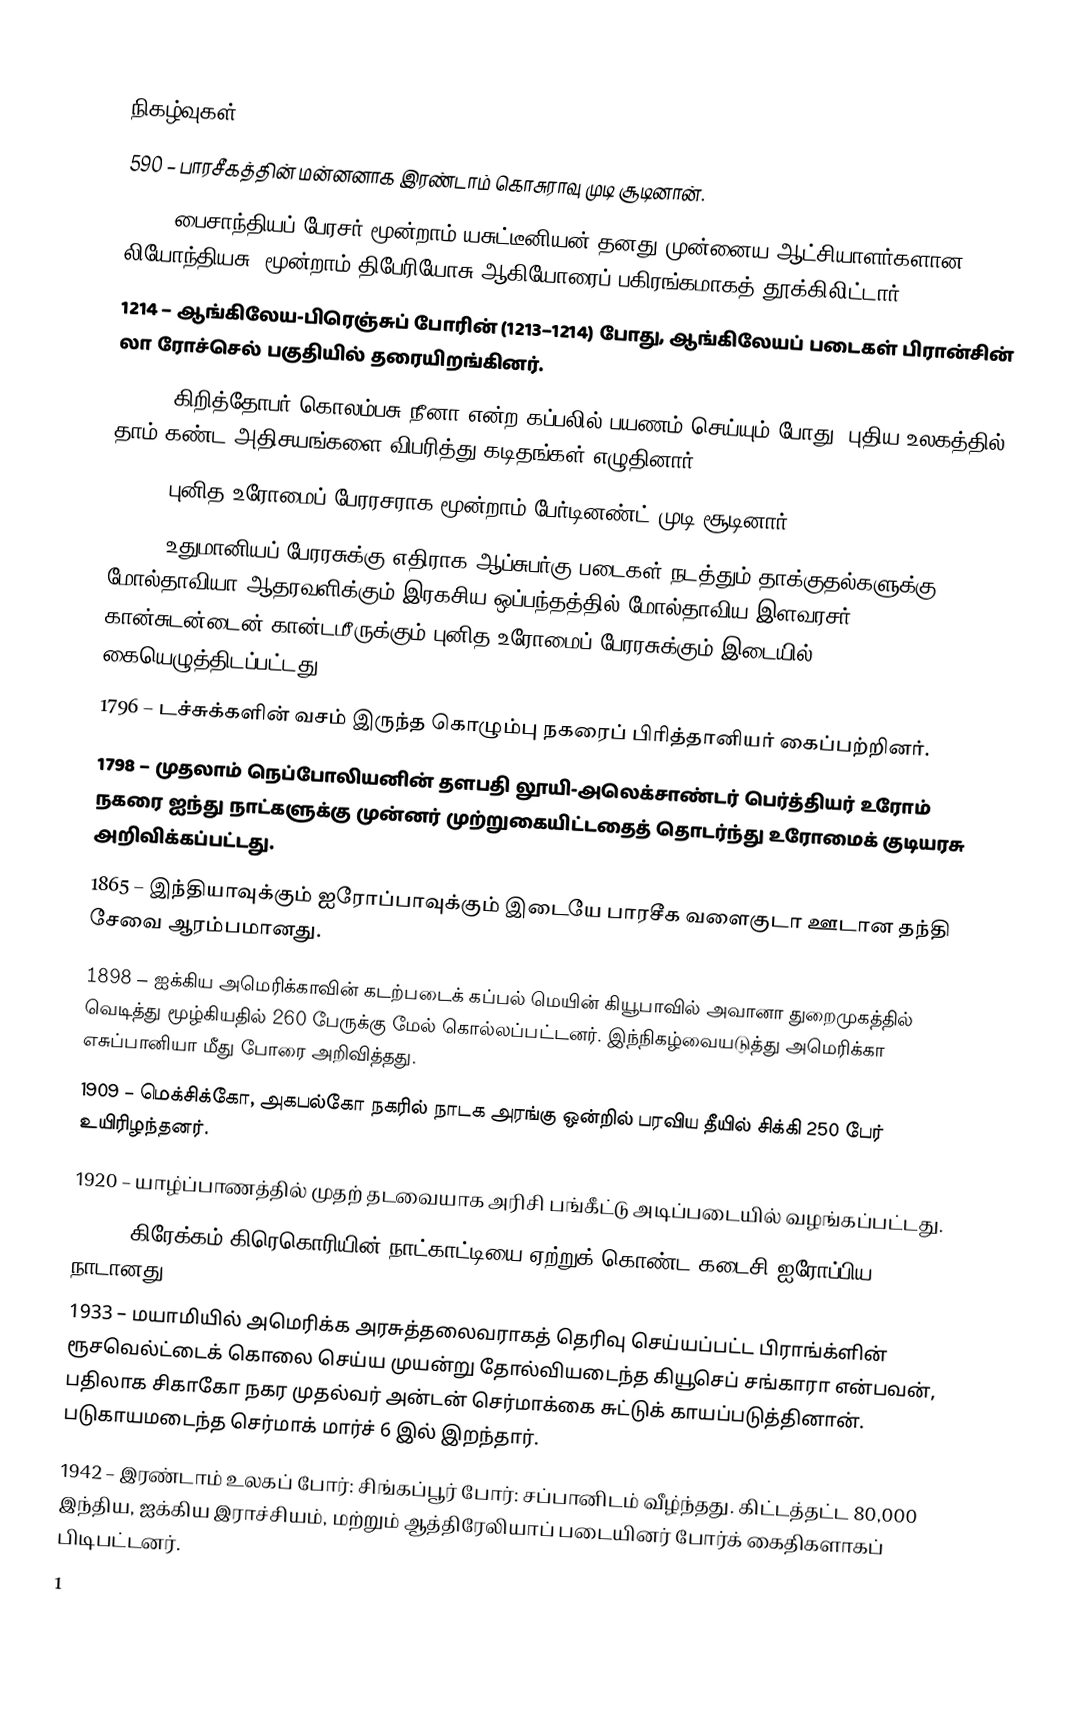

நிகழ்வுகள்
 590 – பாரசீகத்தின் மன்னனாக இரண்டாம் கொசுராவு முடி சூடினான்.
 706 – பைசாந்தியப் பேரசர் மூன்றாம் யசுட்டீனியன் தனது முன்னைய ஆட்சியாளர்களான லியோந்தியசு, மூன்றாம் திபேரியோசு ஆகியோரைப் பகிரங்கமாகத் தூக்கிலிட்டார்.
1214 – ஆங்கிலேய-பிரெஞ்சுப் போரின் (1213–1214) போது, ஆங்கிலேயப் படைகள் பிரான்சின் லா ரோச்செல் பகுதியில் தரையிறங்கினர்.
1493 – கிறித்தோபர் கொலம்பசு நீனா என்ற கப்பலில் பயணம் செய்யும் போது, புதிய உலகத்தில் தாம் கண்ட அதிசயங்களை விபரித்து கடிதங்கள் எழுதினார்.
1637 – புனித உரோமைப் பேரரசராக மூன்றாம் பேர்டினண்ட் முடி சூடினார்.
1690 – உதுமானியப் பேரரசுக்கு எதிராக ஆப்சுபர்கு படைகள் நடத்தும் தாக்குதல்களுக்கு மோல்தாவியா ஆதரவளிக்கும் இரகசிய ஒப்பந்தத்தில் மோல்தாவிய இளவரசர் கான்சுடன்டைன் கான்டமீருக்கும் புனித உரோமைப் பேரரசுக்கும் இடையில் கையெழுத்திடப்பட்டது.
1796 – டச்சுக்களின் வசம் இருந்த கொழும்பு நகரைப் பிரித்தானியர் கைப்பற்றினர்.
1798 – முதலாம் நெப்போலியனின் தளபதி லூயி-அலெக்சாண்டர் பெர்த்தியர் உரோம் நகரை ஐந்து நாட்களுக்கு முன்னர் முற்றுகையிட்டதைத் தொடர்ந்து உரோமைக் குடியரசு அறிவிக்கப்பட்டது.
1865 – இந்தியாவுக்கும் ஐரோப்பாவுக்கும் இடையே பாரசீக வளைகுடா ஊடான தந்தி சேவை ஆரம்பமானது.
1898 – ஐக்கிய அமெரிக்காவின் கடற்படைக் கப்பல் மெயின் கியூபாவில் அவானா துறைமுகத்தில் வெடித்து மூழ்கியதில் 260 பேருக்கு மேல் கொல்லப்பட்டனர். இந்நிகழ்வையடுத்து அமெரிக்கா எசுப்பானியா மீது போரை அறிவித்தது.
1909 – மெக்சிக்கோ, அகபல்கோ நகரில் நாடக அரங்கு ஒன்றில் பரவிய தீயில் சிக்கி 250 பேர் உயிரிழந்தனர்.
1920 – யாழ்ப்பாணத்தில் முதற் தடவையாக அரிசி பங்கீட்டு அடிப்படையில் வழங்கப்பட்டது.
1923 – கிரேக்கம் கிரெகொரியின் நாட்காட்டியை ஏற்றுக் கொண்ட கடைசி ஐரோப்பிய நாடானது.
1933 – மயாமியில் அமெரிக்க அரசுத்தலைவராகத் தெரிவு செய்யப்பட்ட பிராங்க்ளின் ரூசவெல்ட்டைக் கொலை செய்ய முயன்று தோல்வியடைந்த கியூசெப் சங்காரா என்பவன், பதிலாக சிகாகோ நகர முதல்வர் அன்டன் செர்மாக்கை சுட்டுக் காயப்படுத்தினான். படுகாயமடைந்த செர்மாக் மார்ச் 6 இல் இறந்தார்.
1942 – இரண்டாம் உலகப் போர்: சிங்கப்பூர் போர்: சப்பானிடம் வீழ்ந்தது. கிட்டத்தட்ட 80,000 இந்திய, ஐக்கிய இராச்சியம், மற்றும் ஆத்திரேலியாப் படையினர் போர்க் கைதிகளாகப் பிடிபட்டனர்.
1